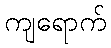
ကျရောက်